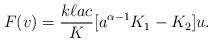
LaTeX: \begin{align*}F(v)=\frac{k\ell ac}{K}[a^{\alpha-1}K_1-K_2] u.\end{align*}